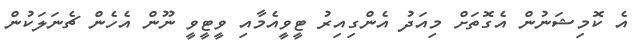
އެ ކޮމިޝަނުން އެގޮތަށް މިއަދު އެންގިއިރު ޓީވީއެމާއި ވީޓީވީ ނޫން އެހެން ޗެނަލަކުން